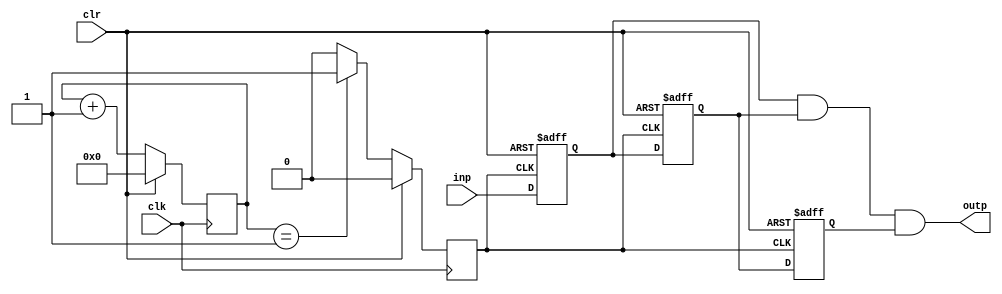
module button_debouncer(
input wire inp,
input wire clk,
input wire clr,
output wire outp);

// Delay data save register.
reg delay1;
reg delay2;
reg delay3;
// Counter and beat generator.
reg [17:0] count;
reg beat;
// New slower checking clock.
wire slower_clk;

initial begin
    delay1 = 1'b0;
    delay2 = 1'b0;
    delay3 = 1'b0;
end

assign slower_clk = beat;
always @(posedge clk) begin
	// Check the reset first.
   if (clr) begin
		beat <= 1'b0;
		count <= 18'h0;
   end 
	else begin
		case(count)
			//Set any value. 
			18'h1: begin
				// Give an posedge.
				beat <= 1'b1;
				count <= count + 1'b1;
			end
			// Ignore, continue add.
         default: begin
				beat <= 1'b0;
				count <= count + 1'b1;
			end
		endcase
	end
end

always @(posedge slower_clk or posedge clr) begin
	// Check reset first.
	if (clr) begin
		// Clear all the delay data.
      delay1 <= 1'b0;
      delay2 <= 1'b0;
      delay3 <= 1'b0;
   end
   else begin
		// Left shift all the data.
      delay1 <= inp;
      delay2 <= delay1;
      delay3 <= delay2;
   end
end

assign outp = delay1 & delay2 & delay3;

endmodule